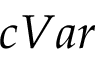
c V a r